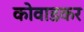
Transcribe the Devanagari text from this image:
कोवाडकर